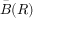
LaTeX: { \bar { B } } ( R )